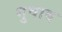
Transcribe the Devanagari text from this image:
गुवाब